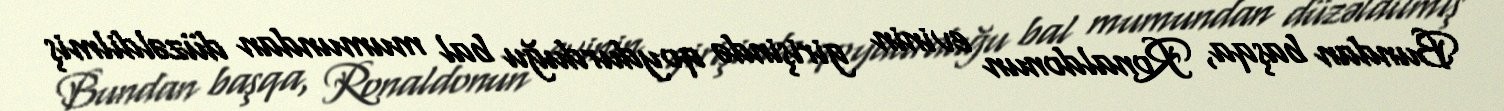
Bundan başqa, Ronaldonun evinin girişində qoydurduğu bal mumundan düzəldilmiş